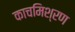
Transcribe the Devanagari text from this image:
काचमिश्रण